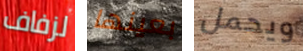
لزفاف بعينها ويحمل